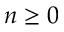
n \geq 0